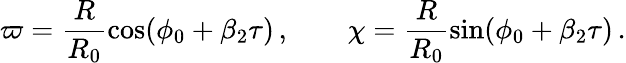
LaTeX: \varpi=\frac{R}{R_{0}}\cos(\phi_{0}+\beta_{2}\tau)\, ,\qquad\chi=\frac{R}{R_{0}}\sin(\phi_{0}+\beta_{2}\tau)\, .